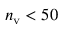
n _ { \mathrm { v } } < 5 0